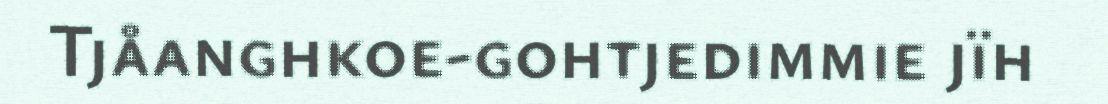
Tjåanghkoe-gohtjedimmie jïh